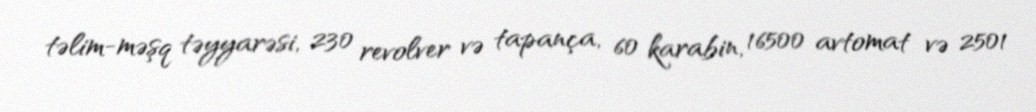
təlim-məşq təyyarəsi, 230 revolver və tapança, 60 karabin, 16500 avtomat və 2501